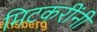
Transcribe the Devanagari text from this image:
मिटकरींनी